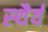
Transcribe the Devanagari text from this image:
स्‍थैर्य